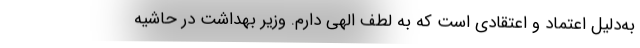
به‌دلیل اعتماد و اعتقادی است که به لطف الهی دارم. وزیر بهداشت در حاشیه